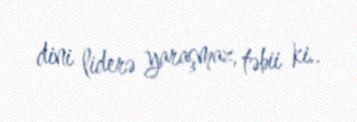
dini liderə yaraşmaz, təbii ki..